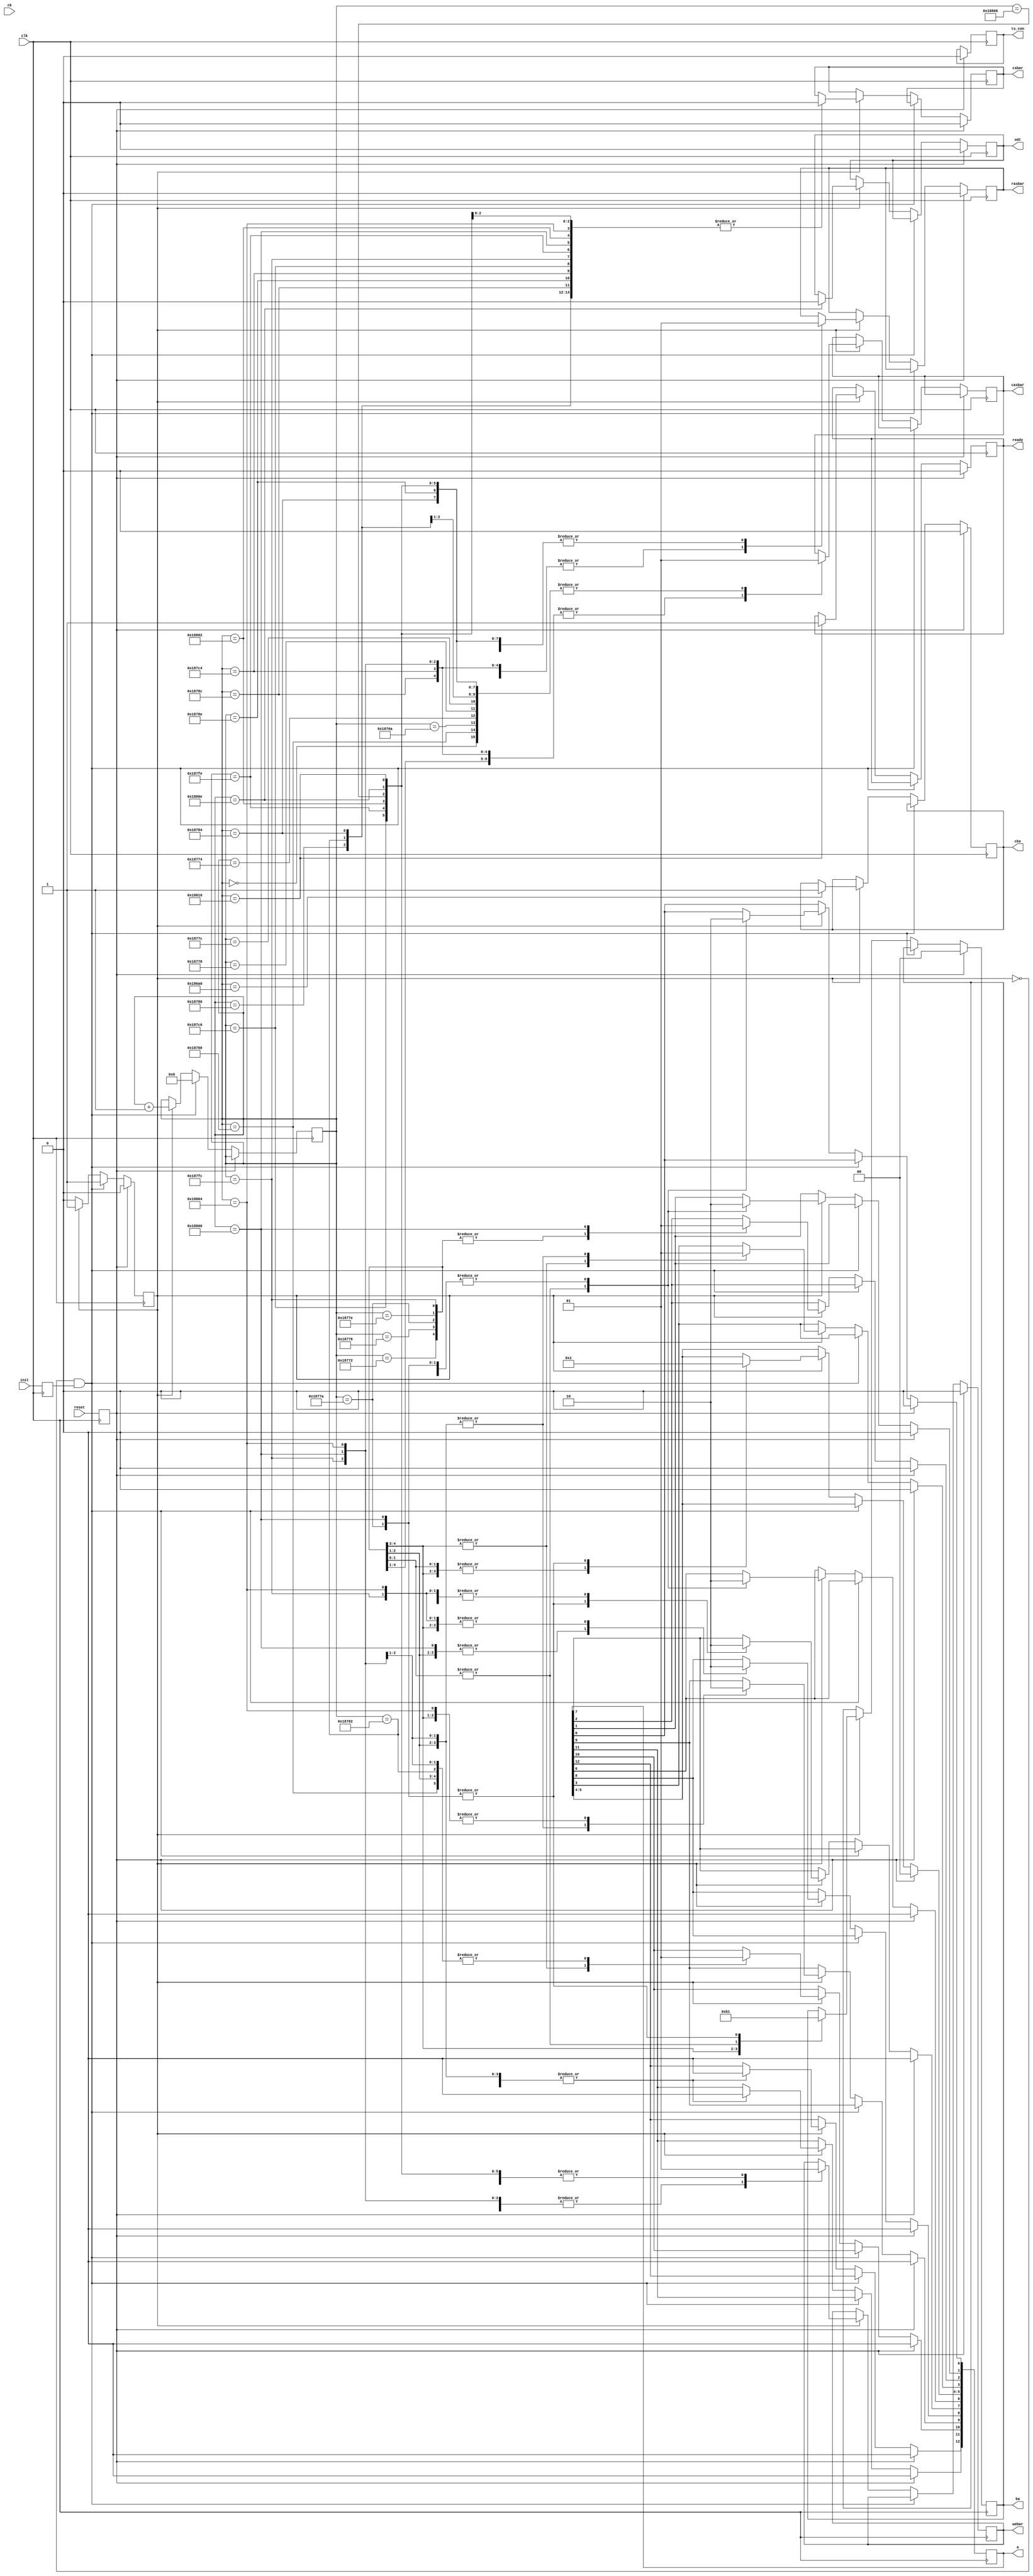
// Define Counter Values by setting the counter value for each stage in the INIT process
// There is a NOP command issued 1 DDR clock cycle after most commands
// More information about each stage is in the Verilog code below

`define T_WIDTH 2
`define T_MRD   2
`define T_RPA	8
`define T_RFC	54
`define S_NOP1	17'd0 // Send NOP with CKE low
`define S_CKE	`S_NOP1+100000  // Set CKE High
`define S_PRE1	`S_CKE+200 // First Precharge
`define S_NOP2	`S_PRE1+`T_WIDTH // NOP after Precharge
`define S_EMRS2	`S_NOP2+`T_RPA // Set EMRS 2 tRPA = 15 use 16 +7
`define S_NOP3 	`S_EMRS2+`T_WIDTH // NOP after EMRS 2
`define S_EMRS3	`S_NOP3+`T_MRD// Set EMRS 3 
`define S_NOP4	`S_EMRS3+`T_WIDTH // NOP after EMRS 3
`define S_DLL	`S_NOP4+`T_MRD // DLL Set
`define S_NOP5	`S_DLL+`T_WIDTH // NOP after DLL Set
`define S_DLLR	`S_NOP5+`T_MRD // DLL Reset
`define S_NOP6	`S_DLLR+`T_WIDTH // NOP after DLL Reset
`define S_PRE2	`S_NOP6+`T_MRD // 2nd Precharge
`define S_NOP7	`S_PRE2+`T_WIDTH// NOP after 2nd Precharge
`define S_AUTO1	`S_NOP7+`T_RPA // Part 1 of Auto Refresh +7
`define S_NOP8	`S_AUTO1+`T_WIDTH // NOP after Auto Refresh 1
`define S_AUTO2 `S_NOP8+`T_RFC // Send Auto Refresh  tRFC = 105 use 108 +53
`define S_NOP9	`S_AUTO2+`T_WIDTH// NOP after Auto Refresh 2
`define S_MRS	`S_NOP9+`T_RFC // Set MRS register 2+53
`define S_NOP10	`S_MRS+`T_WIDTH // NOP afer MRS
`define S_EMRS1	`S_NOP10+`T_MRD // Set EMRS1 register
`define S_NOP11	`S_EMRS1+`T_WIDTH // NOP after EMRS1
`define S_OCD	`S_NOP11+`T_MRD // OCD Calibration
`define S_NOP12 `S_OCD+`T_WIDTH // NOP after OCD calibration
`define S_ODT	`S_NOP12+`T_RPA // Raise ODT When memory is ready +7
`define S_DONE	`S_ODT+`T_WIDTH // Memory is ready

/////////////////////////////////////////////////////////


module ddr2_init_engine(
   // Outputs
   ready, csbar, rasbar, casbar, webar, ba, a, odt, ts_con, cke,
   // Inputs
   clk, reset, init, ck
   );


input clk, reset, init, ck;
output ready, csbar, rasbar, casbar, webar, odt, ts_con, cke;
output [1:0] ba;
output [12:0] a;

reg ready;
reg cke;
reg csbar;
reg rasbar;
reg casbar;
reg webar;
reg [1:0] ba;
reg [12:0] a;
reg odt;
reg [15:0] dq_out;
reg [1:0] dqs_out;
reg [1:0] dqsbar_out;   
reg ts_con;
reg INIT, RESET;
   
reg [16:0]  counter;
reg flag;

localparam	[3:0]	
		NOP 		= 4'b0111,
		PRECHARGE 	= 4'b0010,
		EMRS		= 4'b0000,
		REFRESH		= 4'b0001;
		
		
always @(posedge clk)
begin
	INIT <= init;
	RESET <= reset;

	if (RESET)
	begin
		flag <= 0;
		cke <= 0;
		odt <= 0;
		a <= 0;
		ba <= 0;
		ts_con <= 0;
		csbar <= 0;
		rasbar <= 0;
		webar <= 0;
		ready <= 0;
	end
	else if (flag == 0 && INIT == 1)
	begin
		// On INIT signal, set a flag to start the initialization routine and clear the counter
		flag <= 1;
		counter <= 0;
	end
	else if (flag == 1)
	begin
		counter <= counter + 1;
		case (counter)
		// Use a case statement to match counter values to specific commands issued to the DDR2 chip
		// TASK: Fill in the correct counter values in the definitions at the beginning of the file
		// and fill in any missing signal values to set up the DDR2 chip correctly in the following code

		// INIT Waits for 200 microseconds
        	`S_NOP1:  begin
			{csbar, rasbar, casbar, webar} <= NOP; // NOP command
			end
	        `S_CKE:  begin // Enable CKE high
			cke <= 1;
			end
	// ----------------------------------------------------------
        // Precharge All
        // ----------------------------------------------------------
        // Wait for minimum of 400ns then issue precharge all command.
		
		`S_PRE1: begin // Precharge all banks
			{csbar, rasbar, casbar, webar} <= PRECHARGE; // Precharge all banks command
			a[10] <= 1;
			end
		`S_NOP2: {csbar, rasbar, casbar, webar} <= NOP; // NOP command

        // ----------------------------------------------------------
        // Set EMRS(2)
        // ----------------------------------------------------------
        // EMRS(2) is reserved for future use and all bits except
        // BA0 and BA1 must be programmed to 0 when setting
        // the mode register during initialization.

        	`S_EMRS2: begin
                	{csbar, rasbar, casbar, webar} <= EMRS; // EMRS command
                	a <= 0;
					ba <= 2'b10;
	                end
                `S_NOP3: {csbar, rasbar, casbar, webar} <= NOP; // NOP command

        // ----------------------------------------------------------
        // Set EMRS(3)
        // ----------------------------------------------------------
        // EMRS(3) is reserved for future use and all bits except
        // BA0 and BA1 must be programmed to 1 when setting
        // the mode register during initialization.

	        `S_EMRS3: begin
        	        {csbar, rasbar, casbar, webar} <= EMRS; // EMRS command 
        	        a <= 0;
        	        ba <= 2'b11;
	                end
                `S_NOP4: {csbar, rasbar, casbar, webar} <= NOP; // NOP command

        // ----------------------------------------------------------
        // DLL Enable
        // ----------------------------------------------------------
        // Issue EMRS to enable DLL. (To issue "DLL Enable" command,
        //  provide "Low" to A0, "High" to BA0 and "Low" to BA1 and A12.)
        // Rest of the values are set to desired values too (else it throws errors)

	        `S_DLL: begin
        	        {csbar, rasbar, casbar, webar} <= EMRS; // EMRS command
        	        a[0] <= 0; // DLL Enable
               		a[1] <= 0; // Output Driver
                	a[2] <= 0; // Rtt ODT
                	a[6] <= 0; // Rtt ODT

			// FILL IN VALUES
                	a[5:3] <= 3'b011; // Additive CAS AL = 3
                	a[9:7] <= 3'b111; // OCD Calibration Program All set
			//

                	a[10] <= 1; //DQS_bar disabled
                	a[11] <= 0; // RDQS
                	a[12] <= 0; // Qoff
                	ba <= 2'b01; // Address of EMRS1
	                end
                `S_NOP5: {csbar, rasbar, casbar, webar} <= NOP; // NOP command

        // ----------------------------------------------------------
        // DLL Reset
        // ----------------------------------------------------------
        // Issue a Mode Register Set command for DLL reset
        // (To issue DLL reset command, provide "High" to A8 and "Low" to BA0-1).

	        `S_DLLR: begin
        	        {csbar, rasbar, casbar, webar} <= EMRS; // EMRS command 
        	        // FILL IN VALUES
					a[2:0] <= 3'b011; // Burst Length BL = 8
        	        a[3] <= 1; // Burst Type interleaved
               		a[6:4] <= 3'b100; // CAS_BAR Latency CL = 4
                	//
					a[7] <= 0; // TM = Normal
                	a[8] <= 1; // DLL Reset
					a[11:9] <= 3'b011; // Write recovery
					a[12] <= 0; // Fast Exit
                	ba <= 2'b00; // MRS
	                end
                `S_NOP6: {csbar, rasbar, casbar, webar} <= NOP; // NOP command

        // ----------------------------------------------------------
        // Precharge All
        // ----------------------------------------------------------
        // Issue precharge all command.

        	`S_PRE2: begin
                	{csbar, rasbar, casbar, webar} <= PRECHARGE; // Precharge all banks command
                	a[10] <= 1; // Precharge value
	                end
                `S_NOP7: {csbar, rasbar, casbar, webar} <= NOP; // NOP command

        // ----------------------------------------------------------
        // Two Autorefresh AKA Refresh
        // ----------------------------------------------------------
        // Issue 2 or more auto-refresh commands.
        // the self refresh command is defined by having
        // csbar, rasbar, casbar and cke held low
        // with webar high at the rising edge of the clock.
        // Note: ODT must be turned off before issuing Self Refresh command,
        //       by either driving ODT pin low or using EMRS command.

        // **** First Auto Refresh Cycle *****
        // bring the clock enable (cke) down

        	`S_AUTO1: begin
                	{csbar, rasbar, casbar, webar} <= REFRESH; // Auto Refresh Command 
	                end
                `S_NOP8: {csbar, rasbar, casbar, webar} <= NOP; // NOP command

        // After exit wait for the delay equal or longer than the tXSNR or tXSRD
        // Refresh to active/Refresh command time (tRFC) = 105 ns
        // Exit self refresh to a non-read command (tXSNR) = tRFC + 10 = 115 ns
        // Exit self refresh to a read command (tXSRD) =  200 cycles = 800 ns

	        `S_AUTO2: begin
        	        {csbar, rasbar, casbar, webar} <= REFRESH; // Auto Refresh Command
	                end
                `S_NOP9: {csbar, rasbar, casbar, webar} <= NOP; // NOP command

	// Need to wait same time as last refresh before issuing the next command

        // ----------------------------------------------------------
        // MRS programing
        // ----------------------------------------------------------
        // Issue a mode register set command with low to A8 to initialize device operation.
        // (i.e. to program operating parameters without resetting the DLL.

	        `S_MRS:  begin
        	        {csbar, rasbar, casbar, webar} <= EMRS; // EMRS command 
			// FILL IN VALUES
        	        a[2:0] <= 3'b011; // Burst Length
        	        a[3] <= 1; // Burst Type
        	        a[6:4] <= 3'b100; // CAS_BAR Latency
        	        //
					a[7] <= 0; // TM = Normal
        	        a[8] <= 0; // DLL Reset
        	        a[11:9] <= 3'b011; // Write recovery
        	        a[12] <= 0; // Fast Exit
        	        ba <= 2'b00; // MRS
	                end
                `S_NOP10: {csbar, rasbar, casbar, webar} <= NOP; // NOP command

        // ----------------------------------------------------------
        // Programing EMRS(1)
        // ----------------------------------------------------------

        	`S_EMRS1: begin
                	{csbar, rasbar, casbar, webar} <= EMRS; // EMRS command 
                	a[0] <= 0; // DLL Enable
					a[1] <= 0; // Output Driver Impedence
        	        a[2] <= 1; // Rtt ODT
        	        a[6] <= 0; // Rtt ODT
        	        a[5:3] <= 3'b011; // Additive CAS Latency
					a[9:7] <= 3'b111; // OCD Calibration
	                a[10] <= 1; // DLL Reset
        	        a[11] <= 0; // Write recovery
                	a[12] <= 0; // Fast Exit
                	ba <= 2'b01; // EMRS1
	                end
                `S_NOP11: {csbar, rasbar, casbar, webar} <= NOP; // NOP command

        // ----------------------------------------------------------
        // OCD Calibration 
        // ----------------------------------------------------------
	// OCD Must be at least 800 ns away from issuing the DLL Reset command

        	`S_OCD:  begin
			a[9:7] <= 3'b000; // OCD
			{csbar, rasbar, casbar, webar} <= EMRS; // EMRS Command
			end
                `S_NOP12: {csbar, rasbar, casbar, webar} <= NOP; // NOP command

	// ----------------------------------------------------------
        // Enable On Die Termination
        // ----------------------------------------------------------

        	`S_ODT:  begin
        	        {csbar, rasbar, casbar, webar} <= NOP; // NOP command
        	        odt <= 0;
        	        end
        // ----------------------------------------------------------
        // DDR2 Setup Done!
        // ----------------------------------------------------------
        	`S_DONE: begin
	                {csbar, rasbar, casbar, webar} <= NOP; // Finally done - Just send NOPs
					ready <= 1; // done
        	        end
		default: begin
			flag <= 1;
                end
	endcase
	end
end

endmodule